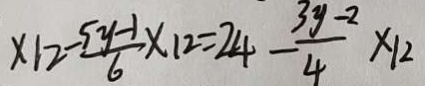
\times 1 2 - \frac { 5 y - 1 } { 6 } \times 1 2 = 2 4 - \frac { 3 y - 2 } { 4 } \times 1 2